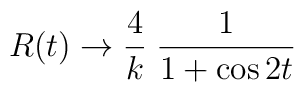
R(t)\rightarrow\frac{4}{k}\;\frac{1}{1+\cos 2t }